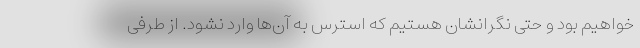
خواهیم بود و حتی نگرانشان هستیم که استرس به آن‌ها وارد نشود. از طرفی